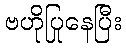
ဗဟိုပြုနေပြီး